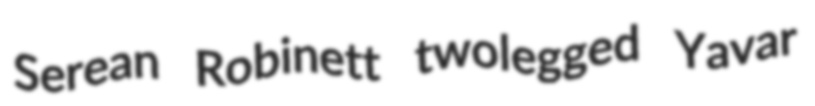
Serean Robinett twolegged Yavar